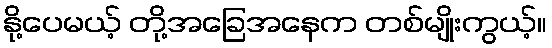
နို့ပေမယ့် တို့အခြေအနေက တစ်မျိုးကွယ့်။